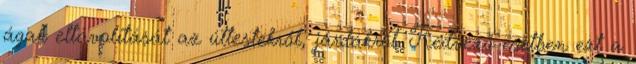
ágak eltávolítását az úttestekről, járdákról. Kedvező esetben ezt a